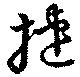
捷